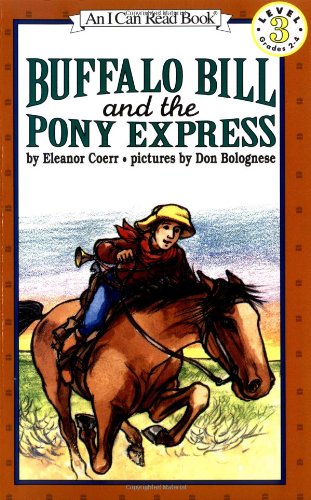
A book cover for Buffalo Bill and the Pony Express (I Can Read Level 3); Eleanor Coerr; Children's Books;